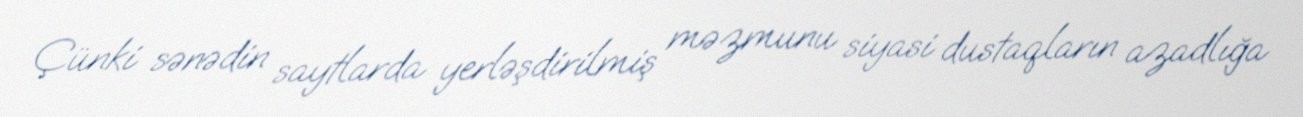
Çünki sənədin saytlarda yerləşdirilmiş məzmunu siyasi dustaqların azadlığa